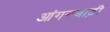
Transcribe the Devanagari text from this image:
आंगनबाड़़ी